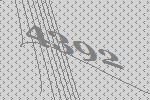
4392